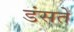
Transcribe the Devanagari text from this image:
डंसते